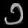
Digit: ၁